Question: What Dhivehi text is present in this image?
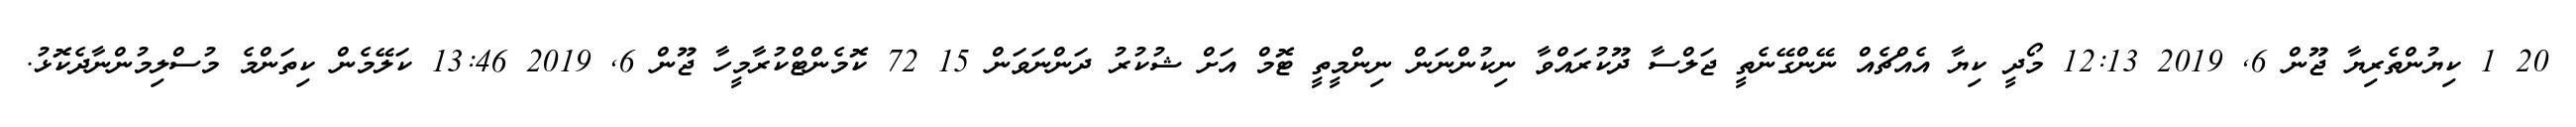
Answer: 20 1 ކިޔުންތެރިޔާ ޖޫން 6, 2019 12:13 މޯދީ ކިޔާ އެއްޗެއް ނޭންގޭނެތީ ޖަލްސާ ދޫކުރައްވާ ނިކުންނަން ނިންމީތީ ޓޮމް އަށް ޝުކުރު ދަންނަވަން 15 72 ކޮމެންޓްކުރާމީހާ ޖޫން 6, 2019 13:46 ކަލޭމެން ކިތަންމެ މުސްލިމުންނާދެކޮޅު.